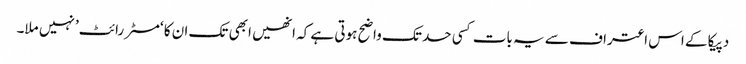
دپیکا کے اس اعتراف سے یہ بات کسی حد تک واضح ہوتی ہے کہ انھیں ابھی تک ان کا ‘مسٹر رائٹ’ نہیں ملا۔